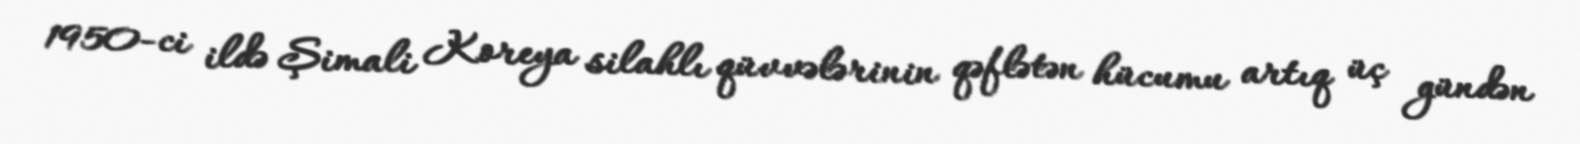
1950-ci ildə Şimali Koreya silahlı qüvvələrinin qəflətən hücumu artıq üç gündən